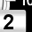
Digit: 2